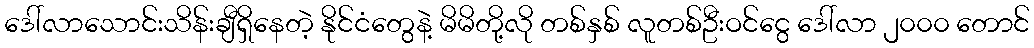
ဒေါ်လာသောင်းသိန်းချီရှိနေတဲ့ နိုင်ငံတွေနဲ့ မိမိတို့လို တစ်နှစ် လူတစ်ဦးဝင်ငွေ ဒေါ်လာ ၂၀၀၀ တောင်